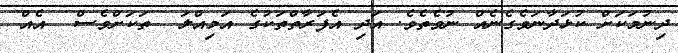
ދިނުމަކަށް ކުޅަދާނަވެގެނެއް ނުވެތެވެ. އަދި އެފަރާތްތަކުގެ އަމިއްލަ  ތަކަށްވެސް  އެއް